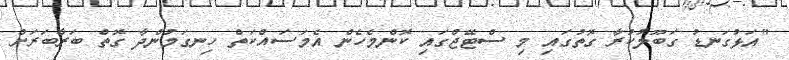
"އަޅުގަނޑު ގަބޫލުކުރާ ގޮތުގައި މި ސްޓޭޖްގައި ކޮންމެހެން އެމަސައްކަތް ހިނގަމުންދާ ގޮތް ބަރާބަރަށް